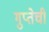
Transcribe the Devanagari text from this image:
गुप्तेची